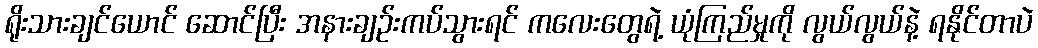
ရိုးသားချင်ယောင် ဆောင်ပြီး အနားချဉ်းကပ်သွားရင် ကလေးတွေရဲ့ ယုံကြည်မှုကို လွယ်လွယ်နဲ့ ရနိုင်တာပဲ